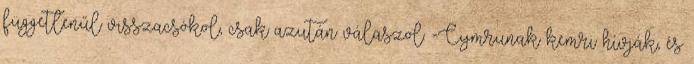
függetlenűl visszacsókol, csak azután válaszol. -Cymrunak kemri hívják, és